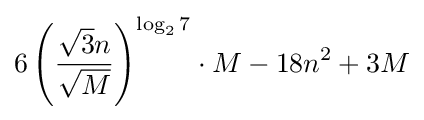
6\left({\frac {{\sqrt {3}}n}{\sqrt {M}}}\right)^{\log _{2}7}\cdot M-18n^{2}+3M